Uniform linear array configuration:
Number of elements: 32
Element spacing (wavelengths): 0.75
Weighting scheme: uniform
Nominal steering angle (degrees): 60
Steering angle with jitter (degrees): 60.382
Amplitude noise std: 0.05
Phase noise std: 0.05

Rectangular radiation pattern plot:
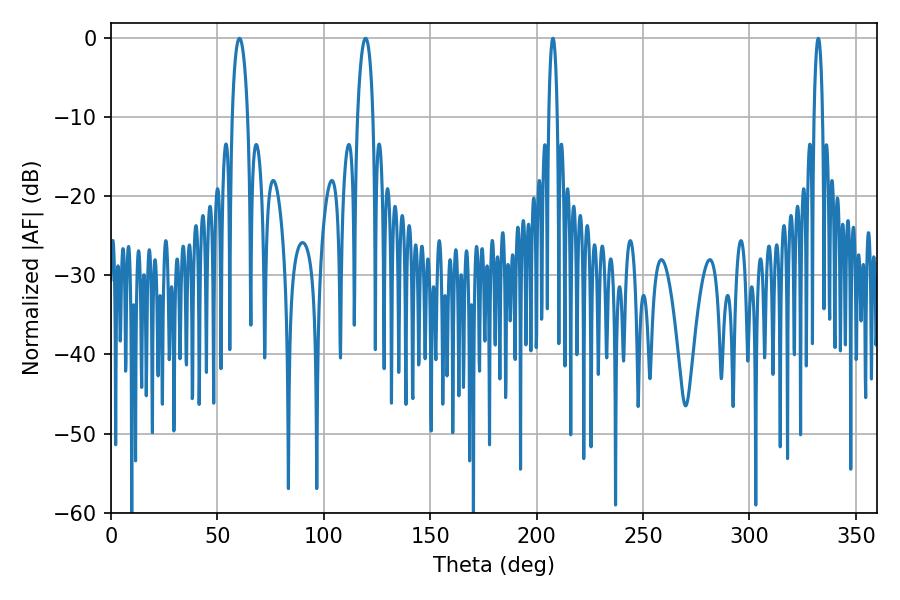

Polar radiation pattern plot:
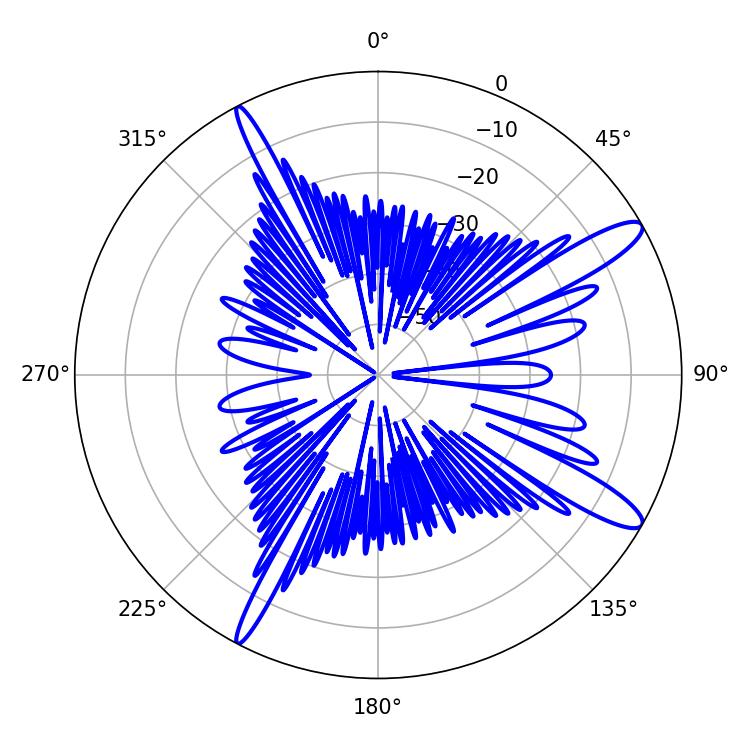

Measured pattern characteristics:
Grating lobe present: TRUE
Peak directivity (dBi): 12.949
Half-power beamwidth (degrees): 4.14
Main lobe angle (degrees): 60.3